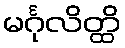
မင်္ဂုလိတ္ထိ